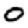
Digit: 0